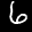
Label: 6